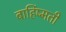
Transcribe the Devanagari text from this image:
बार्हिष्मती